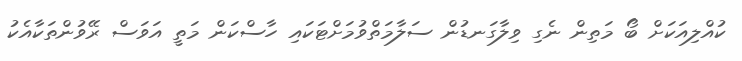
ކުއްލިއަކަށް ބޯ މަތިން ނެގި ވިލާގަނޑުން ސަލާމަތްވުމަށްޓަކައި ހާސްކަން މަތީ އަވަސް ރޭވުންތަކާއެކު